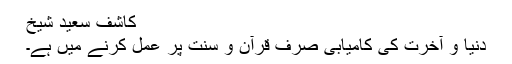
کاشف سعید شیخ
دنیا و آخرت کی کامیابی صرف قرآن و سنت پر عمل کرنے میں ہے۔